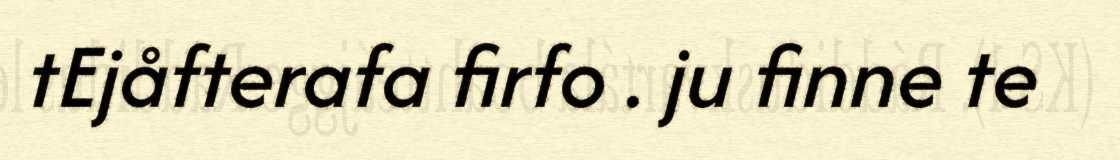
tEjåfterafa firfo . ju finne te